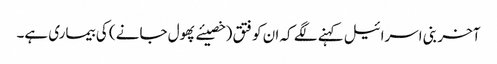
آخر بنی اسرائیل کہنے لگے کہ ان کو فتق (خصیئے پھول جانے ) کی بیماری ہے۔